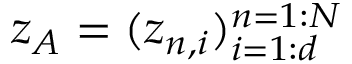
z _ { A } = ( z _ { n , i } ) _ { i = 1 : d } ^ { n = 1 : N }